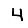
Digit: 4